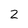
Character: 2